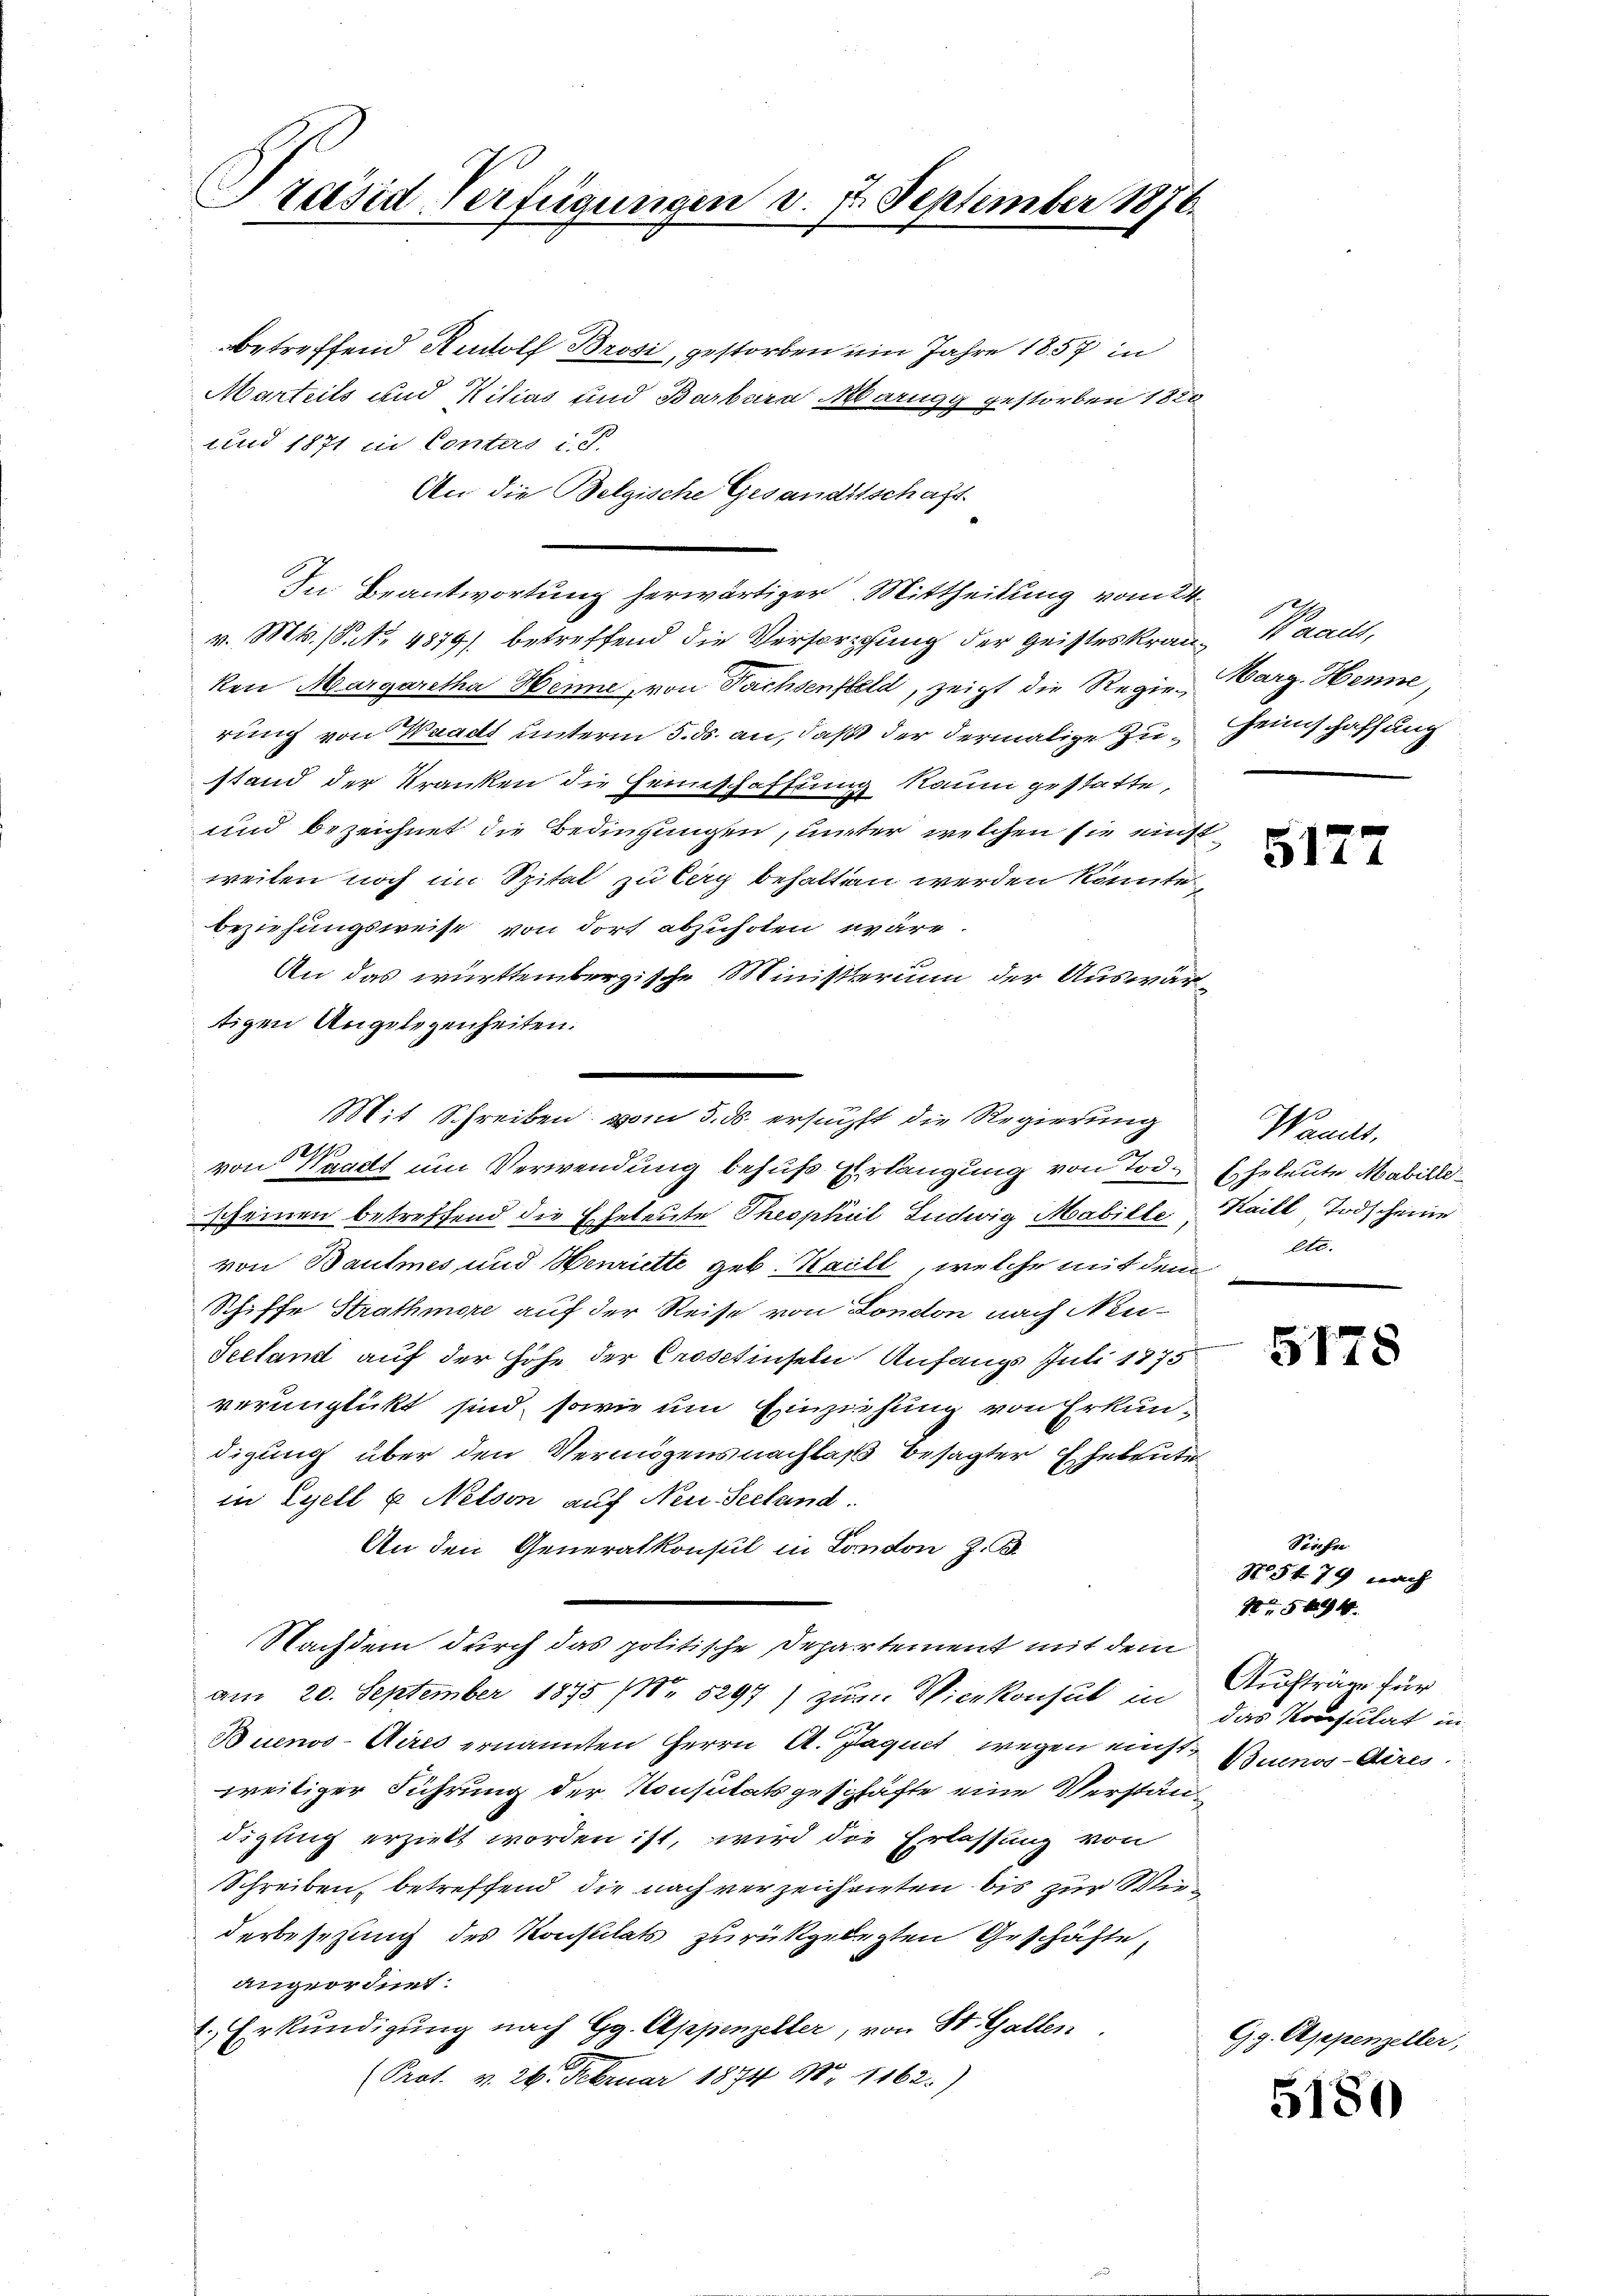
Präsid-Verfügungen d. 7. September 1876.

betreffend Rudolf Brosi, gestorben ein Jahre 1857 in
Marteils und Kilias und Barbara Marugg gestorben 1820
und 1871 in Conters i. d.
An die Belgische Gesandtschaft
In Beantwortung herwärtiger Mittheilung vom 24.
v. Mts. (S. 4879) betreffend die Verforschung der Geisteskranz 1 dacht,
ken Margaretha Henne, von Sachsenfeld, zeigt die Regierung von Waadt unterm 5. ds. an, daß der dermalige Zustand der Kranken die Heimschaffung kaum gestatte,
und bezeichnet die Bedingungen, unter welchen sie einstweilen noch im Spital zu leg behalten werden könnte.
beziehungsweise von dort abzuholen wäre.
An das württembergische Ministerium der Auswärtigen Angelegenheiten.
von Waadt um Verwendung behufs Erlangung von Tod.
scheinen betreffend die Eheleute Theophül Ludwig Mabille, Haill, Todscheine
von Baumes und Henriette geb. Kaill, welche mit dem etc.
Schiffe Strathmore auf der Reise von London nach Neu¬
Seetamt auf der Höhe der Crosetinseln Anfangs Juli 1875
verunglückt sind, sowie um Einziehung von Erkundigung über den Vermögensnachlaß besagter Eheleute
in Lyell u. Nelson auf Neu Seeland.
An den Generalkonsul in London z. B.
Nachdem durch das politische Departement mit dem
am 20. September 1895 (Nr. 5297) zum Vicekonsul in das Konsulat in
Buenos-Aires ernannten Herrn A. Jaquet wegen einst Buenos-Aires
weitiger Führung der Konsulatsgeschäfte eine Verständigung erzielt worden ist, wird die Erlassung von
Schreiben, betreffend die nach verzeichneten bis zur Wiederbesetzung des Konsulats zurückgelegten Geschäfte,
angeordnet.
1. Erkundigung nach Gg. Appenzelter, von St. Gallen
(Prot. v. 24. Februar 1874 Nr 1162.)

Mit Schreiben vom 5. ds. ersuchst die Regierung

I
Marg. Henne,
Heimschaffung

5177

Wands,
Eheleute Mabille

5178

Siecher
Aufträge für

No 5479 nach
5694.

5180

Gg. Objepenzeller,